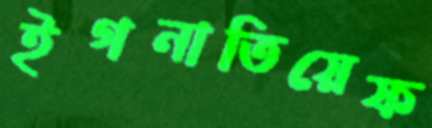
ইগনাতিয়েফ